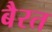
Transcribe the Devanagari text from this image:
बैरत